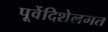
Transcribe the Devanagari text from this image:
पूर्वेदिशेलगत